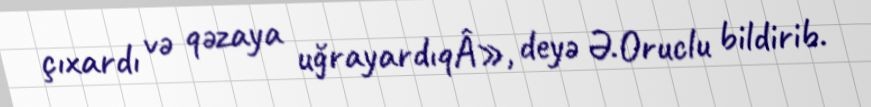
çıxardı və qəzaya uğrayardıqÂ», deyə Ə.Oruclu bildirib.